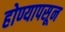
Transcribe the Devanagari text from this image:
होण्यापसून